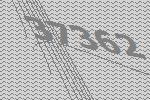
37362